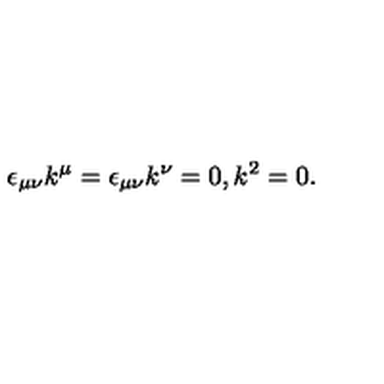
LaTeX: \epsilon _ { \mu \nu } k ^ { \mu } = \epsilon _ { \mu \nu } k ^ { \nu } = 0 , k ^ { 2 } = 0 .